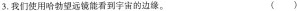
3.我们使用哈勃望远镜能看到宇宙的边缘。()